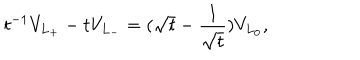
t ^ { - 1 } V _ { L _ { + } } - t V _ { L _ { - } } = ( \sqrt { t } - \frac { 1 } { \sqrt { t } } ) V _ { L _ { 0 } } ,